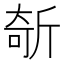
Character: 𣂦